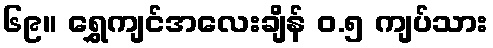
၆၉။ ရွှေကျင်အလေးချိန် ၀.၅ ကျပ်သား